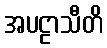
အပဠာသီတိ